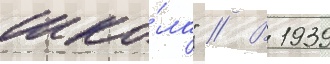
шко́ла" // В 1939